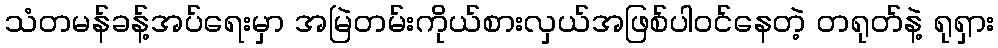
သံတမန်ခန့်အပ်ရေးမှာ အမြဲတမ်းကိုယ်စားလှယ်အဖြစ်ပါဝင်နေတဲ့ တရုတ်နဲ့ ရုရှား